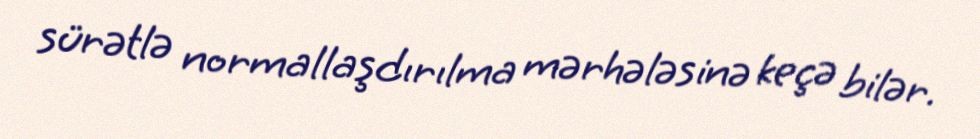
sürətlə normallaşdırılma mərhələsinə keçə bilər.